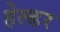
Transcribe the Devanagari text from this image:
हेल्डर